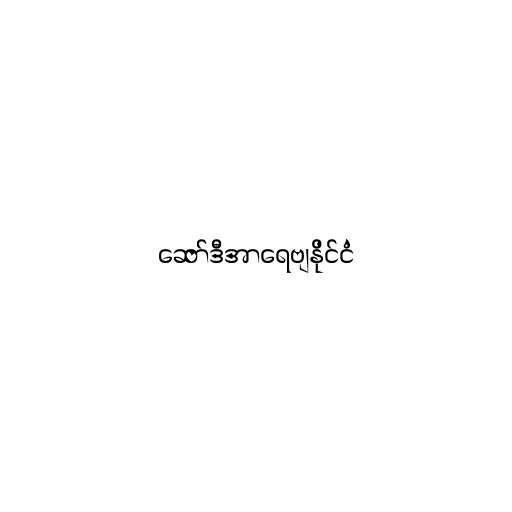
ဆော်ဒီအာရေဗျနိုင်ငံ